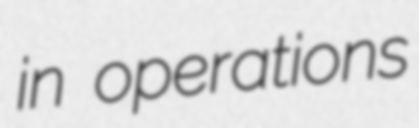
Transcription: in operations